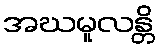
အဃမူလန္တိ